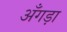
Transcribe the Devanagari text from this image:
अँगड़ा